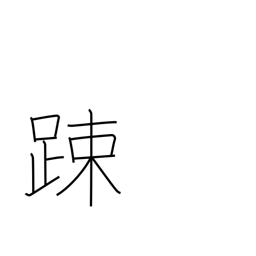
Meaning: lax